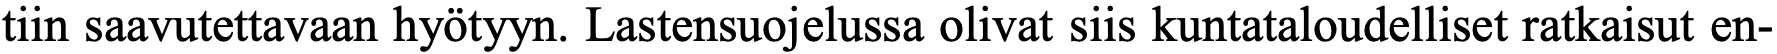
tiin saavutettavaan hyötyyn. Lastensuojelussa olivat siis kuntataloudelliset ratkaisut en-